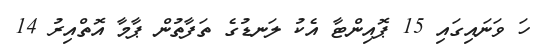
ހަ ވަނައިގައި 15 ޕޮއިންޓާ އެކު ލަނޑުގެ ތަފާތުން ޕާމާ އޮތްއިރު 14